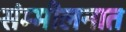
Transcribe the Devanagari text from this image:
संम्मीलनात